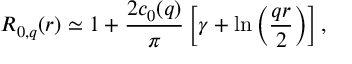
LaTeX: R _ { 0 , q } ( r ) \simeq 1 + { \frac { 2 c _ { 0 } ( q ) } { \pi } } \left[ \gamma + \ln \left( { \frac { q r } { 2 } } \right) \right] ,